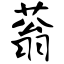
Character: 蓊